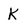
Character: K